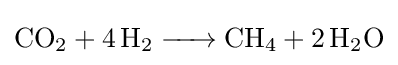
{\ce {CO2 + 4H2 -> CH4 + 2 H2O}}